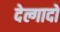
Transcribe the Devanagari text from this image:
देल्गादो